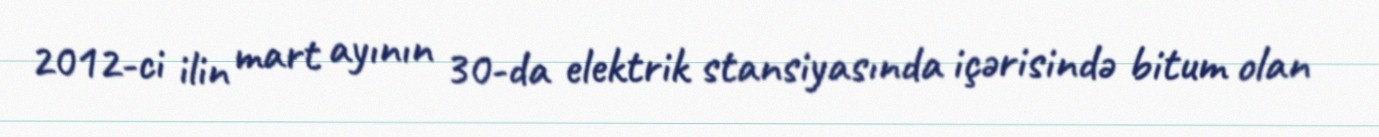
2012-ci ilin mart ayının 30-da elektrik stansiyasında içərisində bitum olan